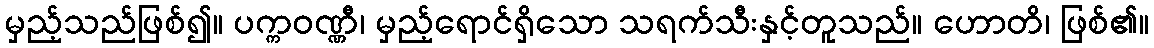
မှည့်သည်ဖြစ်၍။ ပက္ကဝဏ္ဏီ၊ မှည့်ရောင်ရှိသော သရက်သီးနှင့်တူသည်။ ဟောတိ၊ ဖြစ်၏။